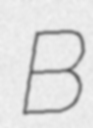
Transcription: B